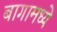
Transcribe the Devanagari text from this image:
बागामध्ये